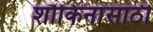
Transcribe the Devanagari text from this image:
शौकिनांसाठी